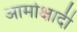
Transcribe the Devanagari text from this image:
आमोक्षादी